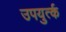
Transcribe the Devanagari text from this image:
उपयुर्त्क